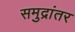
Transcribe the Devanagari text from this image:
समुद्रांतर